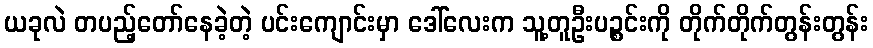
ယခုလဲ တပည့်တော်နေခဲ့တဲ့ ပင်းကျောင်းမှာ ဒေါ်လေးက သူ့တူဦးပဉ္စင်းကို တိုက်တိုက်တွန်းတွန်း